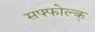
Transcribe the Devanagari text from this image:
सफ्फोल्क